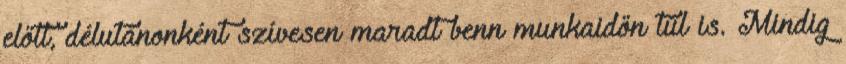
előtt, délutánonként szívesen maradt benn munkaidőn túl is. Mindig